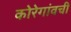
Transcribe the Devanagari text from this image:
कोरेगांवची